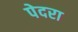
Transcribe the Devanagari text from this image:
पेदरा